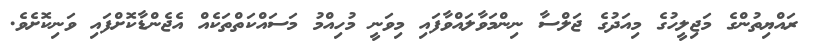
ރައްޔިތުންގެ މަޖިލީހުގެ މިއަދުގެ ޖަލްސާ ނިންމަވާލައްވާފައި މިވަނީ މުހިއްމު މަސައްކަތްތަކެއް އެޖެންޑާކޮށްފައި ވަނިކޮށެވެ.